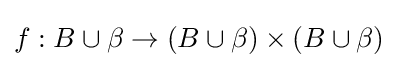
f:B\cup \beta \to (B\cup \beta )\times (B\cup \beta )